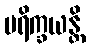
ပရိက္ခယန္တိ